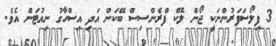
3 ފިލޯސަފަރުންނަކީ ޖޯން ލޮކް ފްރެންސިސް ބޭކަން އަދި އިސްހާގު ނިއުޓަން އެވެ.